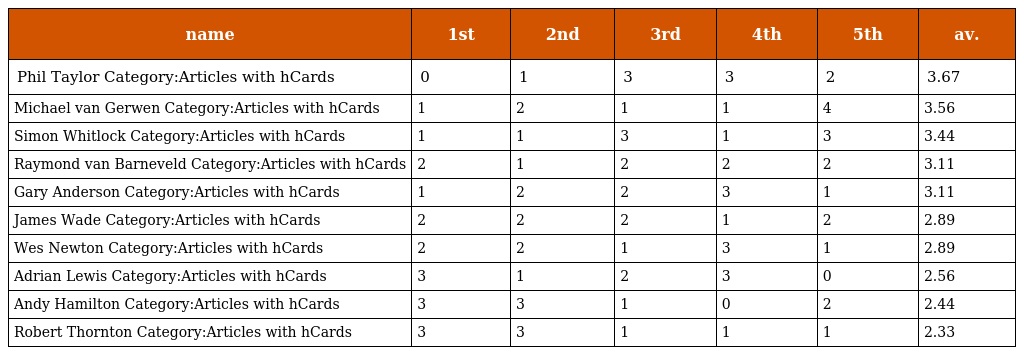
| name | 1st | 2nd | 3rd | 4th | 5th | av. |
 | --- | --- | --- | --- | --- | --- | --- |
 | Phil Taylor Category:Articles with hCards | 0 | 1 | 3 | 3 | 2 | 3.67 |
 | Michael van Gerwen Category:Articles with hCards | 1 | 2 | 1 | 1 | 4 | 3.56 |
 | Simon Whitlock Category:Articles with hCards | 1 | 1 | 3 | 1 | 3 | 3.44 |
 | Raymond van Barneveld Category:Articles with hCards | 2 | 1 | 2 | 2 | 2 | 3.11 |
 | Gary Anderson Category:Articles with hCards | 1 | 2 | 2 | 3 | 1 | 3.11 |
 | James Wade Category:Articles with hCards | 2 | 2 | 2 | 1 | 2 | 2.89 |
 | Wes Newton Category:Articles with hCards | 2 | 2 | 1 | 3 | 1 | 2.89 |
 | Adrian Lewis Category:Articles with hCards | 3 | 1 | 2 | 3 | 0 | 2.56 |
 | Andy Hamilton Category:Articles with hCards | 3 | 3 | 1 | 0 | 2 | 2.44 |
 | Robert Thornton Category:Articles with hCards | 3 | 3 | 1 | 1 | 1 | 2.33 |